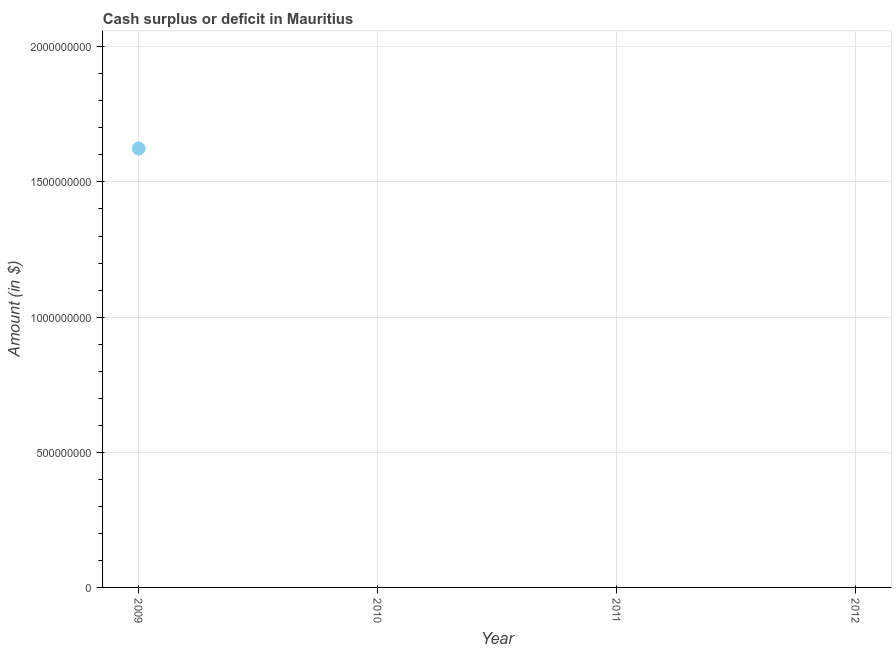
| Year | Cash surplus or deficit |
 | --- | --- |
 | 2009 | 1.62e+09 |
 | 2010 | -7.08e+09 |
 | 2011 | -3.7e+09 |
 | 2012 | -2.04e+09 |